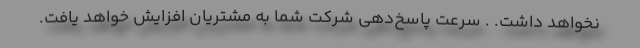
نخواهد داشت. . سرعت پاسخ‌دهی شرکت شما به مشتریان افزایش خواهد یافت.